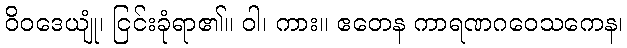
ဝိဝဒေယျုံ၊ ငြင်းခုံရာ၏။ ဝါ၊ ကား။ ဧတေန ကာရဏဂဝေသကေန၊